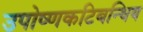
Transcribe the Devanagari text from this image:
उपोष्णकटिबन्धिय